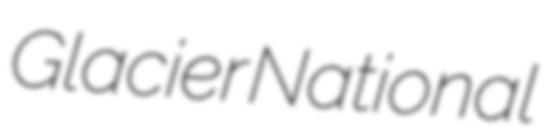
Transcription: Glacier National